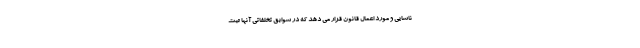
ناسایی و مورد اعمال قانون قرار می دهد که در سوابق تخلفاتی آنها ثبت